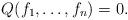
LaTeX: \begin{align*}Q(f_1, \ldots, f_n)=0.\end{align*}